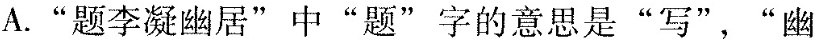
A."题李凝幽居"中“题”字的意思是“写”，“幽